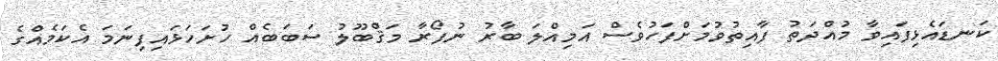
ކަނޑައެޅިފައިވާ މުއްދަތު ފާއިތުވުމަށްފަހުވެސް އަމިއްލަ ބާރު ނުފޯރާ މަޤްބޫލު ސަބަބެއް ހުށަހަޅައިފިނަމަ އެކަމެއްގެ